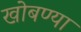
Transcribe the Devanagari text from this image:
खोबण्या